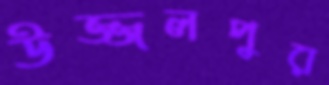
উজ্জলপুর